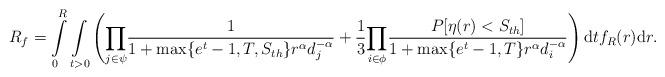
LaTeX: \begin{align*}R_f = \int\limits_{0}^{R}\underset{t>0}\int\left(\underset{j \in \psi}\prod\frac{1}{1+\max\{e^t-1,T,S_{th}\} r^\alpha d_j^{-\alpha}}+\frac{1}{3}\underset{i \in \phi}\prod\frac{P[\eta(r)<S_{th}]}{1+\max\{e^t-1,T\}r^\alpha d_i^{-\alpha}}\right)\mathrm{d}tf_R(r)\mathrm{d}r .\end{align*}